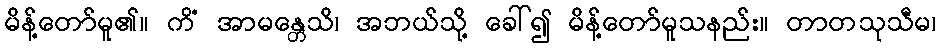
မိန့်တော်မူ၏။ ကိံ အာမန္တေသိ၊ အဘယ်သို့ ခေါ်၍ မိန့်တော်မူသနည်း။ တာတသုသီမ၊